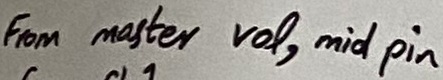
Text: From master  vol, mid pin